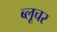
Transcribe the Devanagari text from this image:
ब्लूचर